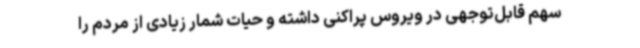
سهم قابل‌توجهی در ویروس پراکنی داشته و حیات شمار زیادی از مردم را